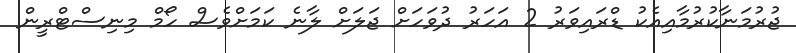
ޖުރުމަނާކުރުމާއިއެކު ޑްރައިވަރު 2 އަހަރު ދުވަހަށް ޖަލަށް ލާނެ ކަމަށްވެސް ހޯމް މިނިސްޓްރީން